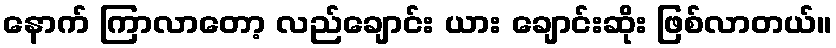
နောက် ကြာလာတော့ လည်ချောင်း ယား ချောင်းဆိုး ဖြစ်လာတယ်။